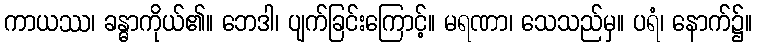
ကာယဿ၊ ခန္ဓာကိုယ်၏။ ဘေဒါ၊ ပျက်ခြင်းကြောင့်။ မရဏာ၊ သေသည်မှ။ ပရံ၊ နောက်၌။